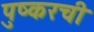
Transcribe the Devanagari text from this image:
पुष्करची